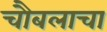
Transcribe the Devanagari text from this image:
चौबलाचा